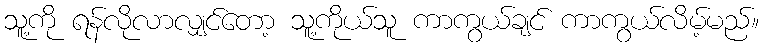
သူ့ကို ရန်လိုလာလျှင်တော့ သူ့ကိုယ်သူ ကာကွယ်ချင် ကာကွယ်လိမ့်မည်။